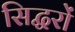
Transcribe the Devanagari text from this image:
सिद्धरों